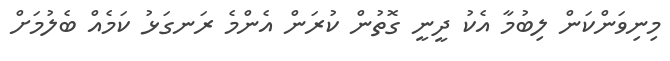
މިނިވަންކަން ލިބުމާ އެކު ދީނީ ގޮތުން ކުރަން އެންމެ ރަނގަޅު ކަމެއް ބެލުމަށް